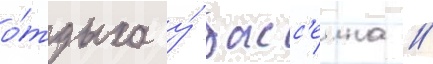
о́тдыха у́ басс'еина //